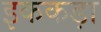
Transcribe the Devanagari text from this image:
इककड़ा